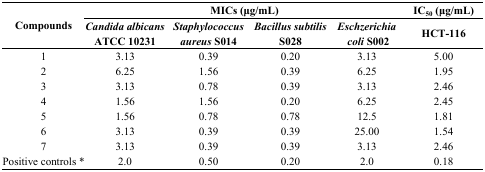
<table><thead><tr><td rowspan="2"><b>Compounds</b></td><td colspan="4"><b>MICs (μg/mL)</b></td><td><b>IC<sub>50</sub> (μg/mL)</b></td></tr><tr><td><b><i>Candida albicans</i> ATCC 10231</b></td><td><b><i>Staphylococcus aureus</i> S014</b></td><td><b><i>Bacillus subtilis</i> S028</b></td><td><b><i>Eschzerichia coli</i> S002</b></td><td><b>HCT-116</b></td></tr></thead><tbody><tr><td>1</td><td>3.13</td><td>0.39</td><td>0.20</td><td>3.13</td><td>5.00</td></tr><tr><td>2</td><td>6.25</td><td>1.56</td><td>0.39</td><td>6.25</td><td>1.95</td></tr><tr><td>3</td><td>3.13</td><td>0.78</td><td>0.39</td><td>3.13</td><td>2.46</td></tr><tr><td>4</td><td>1.56</td><td>1.56</td><td>0.20</td><td>6.25</td><td>2.45</td></tr><tr><td>5</td><td>1.56</td><td>0.78</td><td>0.78</td><td>12.5</td><td>1.81</td></tr><tr><td>6</td><td>3.13</td><td>0.39</td><td>0.39</td><td>25.00</td><td>1.54</td></tr><tr><td>7</td><td>3.13</td><td>0.39</td><td>0.39</td><td>3.13</td><td>2.46</td></tr><tr><td>Positive controls *</td><td>2.0</td><td>0.50</td><td>0.20</td><td>2.0</td><td>0.18</td></tr></tbody></table>